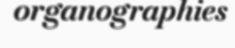
organographies